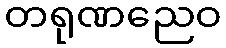
တရုဏညေဝ